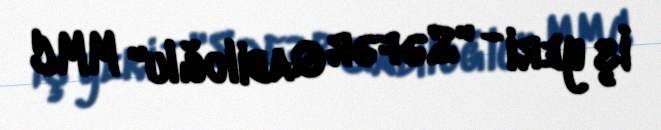
İş yeri - "Səfər Qabiloğlu" MMC